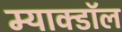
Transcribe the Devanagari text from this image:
म्याक्डॉल